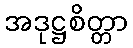
အဒုဋ္ဌစိတ္တာ